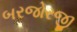
બરજોરજી